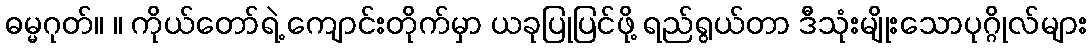
ဓမ္မဂုတ်။ ။ ကိုယ်တော်ရဲ့ ကျောင်းတိုက်မှာ ယခုပြုပြင်ဖို့ ရည်ရွယ်တာ ဒီသုံးမျိုးသောပုဂ္ဂိုလ်များ